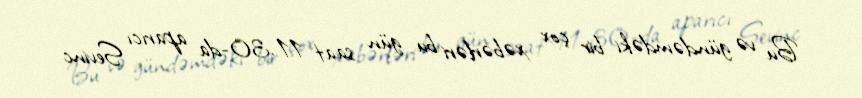
Bu və gündəmdəki bir çox xəbərləri bu gün saat 11.30-da aparıcı Sevinc